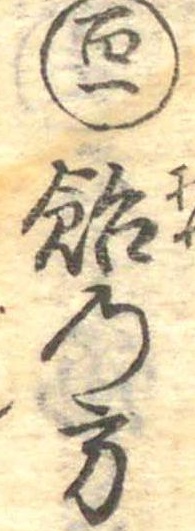
百一飴の方